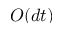
O ( d t )